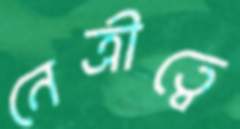
নেত্রীত্বে